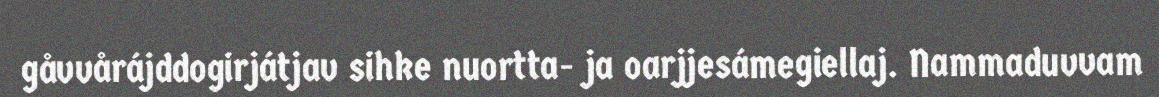
gåvvårájddogirjátjav sihke nuortta- ja oarjjesámegiellaj. Nammaduvvam